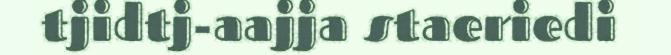
tjidtj-aajja staeriedi